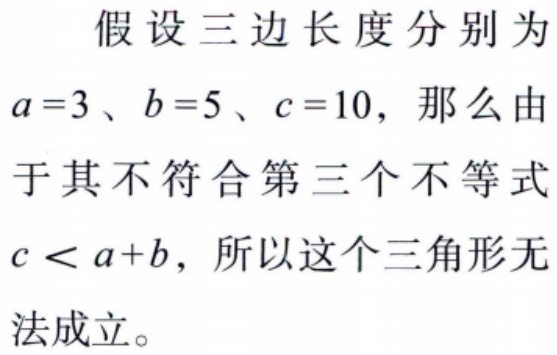
假设三边长度分别为\(a = 3\)、\(b = 5\)、\(c = 10\)，那么由于其不符合第三个不等式\(c < a + b\)，所以这个三角形无法成立。